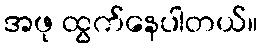
အဖု ထွက်နေပါတယ်။